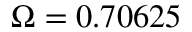
\Omega = 0 . 7 0 6 2 5